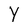
Character: Y